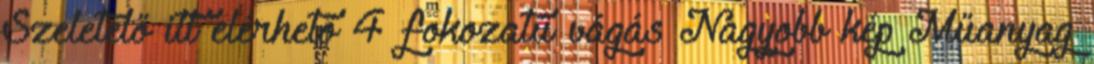
Szeletelő itt elérhető 4 fokozatú vágás Nagyobb kép Műanyag